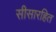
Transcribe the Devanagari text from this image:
सीसारहित